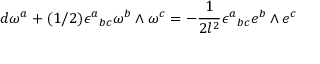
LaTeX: d \omega ^ { a } + ( 1 / 2 ) \epsilon ^ { a } { } _ { b c } \omega ^ { b } \wedge \omega ^ { c } = - \frac { 1 } { 2 l ^ { 2 } } \epsilon ^ { a } { } _ { b c } e ^ { b } \wedge e ^ { c }